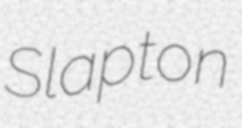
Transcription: Slapton